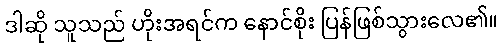
ဒါဆို သူသည် ဟိုးအရင်က နောင်စိုး ပြန်ဖြစ်သွားလေ၏။